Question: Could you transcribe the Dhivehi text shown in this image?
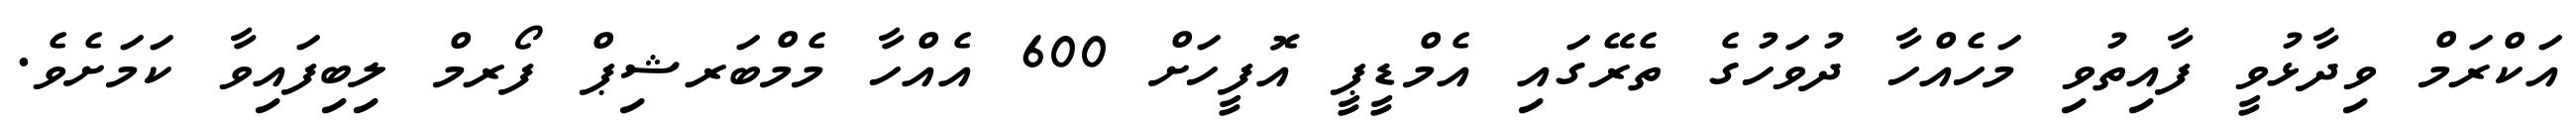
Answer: އަކްރަމް ވިދާޅުވީ ފާއިތުވި މަހެއްހާ ދުވަހުގެ ތެރޭގައި އެމްޑީޕީ އޮފީހަށް 600 އެއްހާ މެމްބަރޝިޕް ފޯރމް ލިބިފައިވާ ކަމަށެވެ.